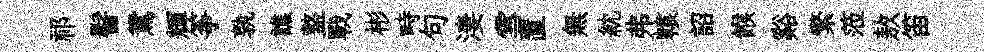
祁髻鴛輝筝孰譙盩戰彬畤句淒雪置無紞弗轅詔餱谿繁蒞敖笛